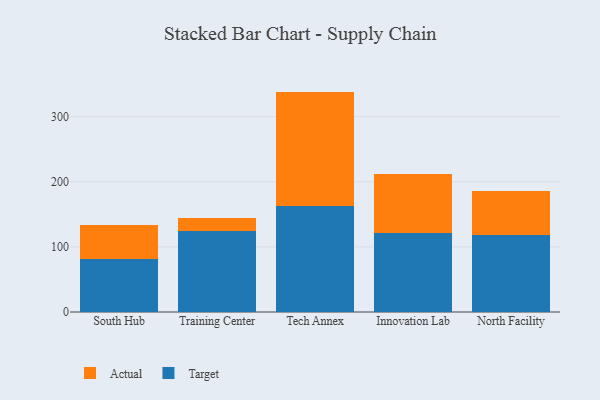
{"axis": {"x": "Campus", "y": "Production Output"}, "legend": ["Actual", "Target"], "data": [{"x": "South Hub", "y": 82.1, "type": "Target"}, {"x": "South Hub", "y": 51.7, "type": "Actual"}, {"x": "Training Center", "y": 123.8, "type": "Target"}, {"x": "Training Center", "y": 21.3, "type": "Actual"}, {"x": "Tech Annex", "y": 162.2, "type": "Target"}, {"x": "Tech Annex", "y": 176.3, "type": "Actual"}, {"x": "Innovation Lab", "y": 121.0, "type": "Target"}, {"x": "Innovation Lab", "y": 91.0, "type": "Actual"}, {"x": "North Facility", "y": 118.3, "type": "Target"}, {"x": "North Facility", "y": 67.0, "type": "Actual"}]}